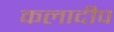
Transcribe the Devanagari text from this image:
कलादीप